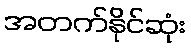
အတက်နိုင်ဆုံး